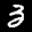
Label: 3